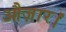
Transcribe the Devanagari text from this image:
औज़ार।